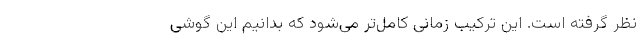
نظر گرفته‌ است. این ترکیب زمانی کامل‌تر می‌شود که بدانیم این گوشی